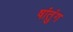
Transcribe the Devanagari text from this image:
षांतुंग